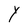
Character: Y